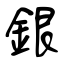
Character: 銀